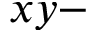
x y -